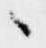
々